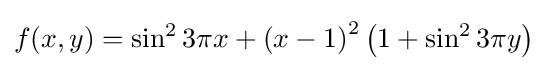
f(x,y)=\sin ^{2}3\pi x+\left(x-1\right)^{2}\left(1+\sin ^{2}3\pi y\right)